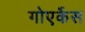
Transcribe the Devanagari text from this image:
गोएर्केस